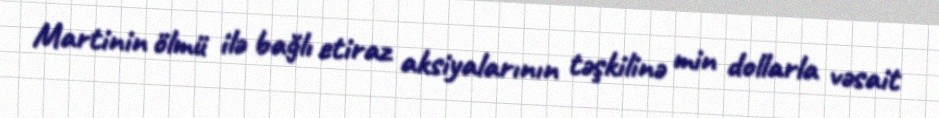
Martinin ölmü ilə bağlı etiraz aksiyalarının təşkilinə min dollarla vəsait